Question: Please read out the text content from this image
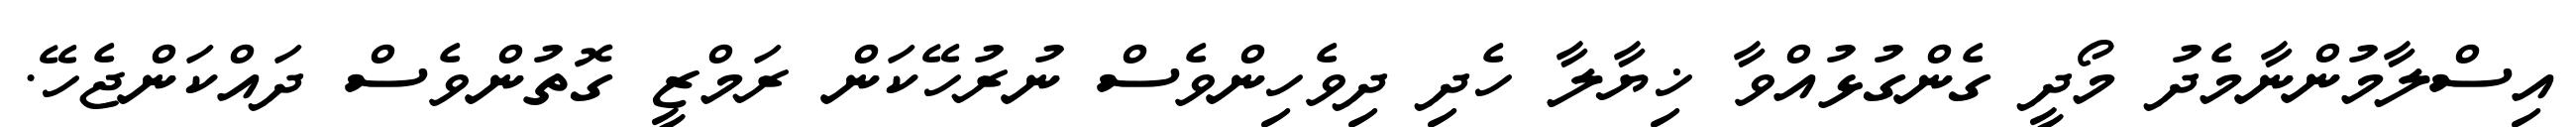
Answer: އިސްލާމުންނާމެދު މޯދީ ގެންގުޅުއްވާ ޚިޔާލާ ހެދި ދިވެހިންވެސް ނުރުހޭކަން ރަމްޒީ ގޮތުންވެސް ދައްކަންޖެހޭ.